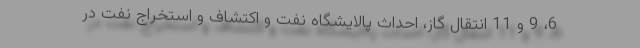
6، 9 و 11 انتقال گاز، احداث پالایشگاه نفت و اکتشاف و استخراج نفت در